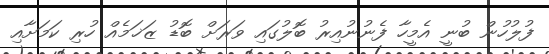
ފުލުހުން ބުނީ އެމީހާ ފެނުނުއިރު ބޮލުގައި ވަރަށް ބޮޑު ޒަޚަމެއް ހުރި ކަމަށާއި